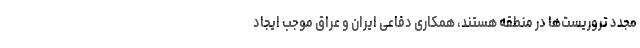
مجدد تروریست‌ها در منطقه هستند، همکاری‌ دفاعی ایران و عراق موجب ایجاد